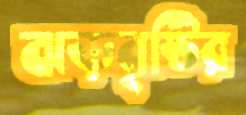
ঝড়বৃষ্টির